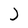
Character: J